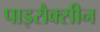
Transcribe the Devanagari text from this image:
पाइरौक्सीन